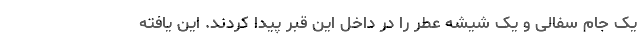
یک جام سفالی و یک شیشه عطر را در داخل این قبر پیدا کردند. این یافته